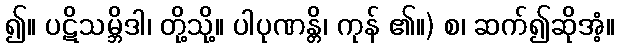
၍။ ပဋိသမ္ဘိဒါ၊ တို့သို့။ ပါပုဏန္တိ၊ ကုန် ၏။) စ၊ ဆက်၍ဆိုအံ့။